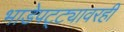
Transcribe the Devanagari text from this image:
भाडेपट्ट्यावरही